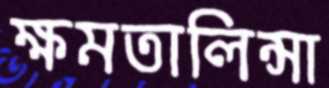
ক্ষমতালিন্সা